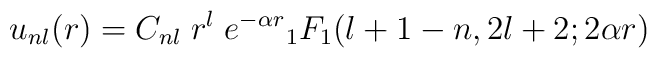
u_{nl}(r)=C_{nl} \; r^l\; e^{-\alpha r}{}_1F_1(l+1-n,2l+2;2\alpha r)